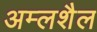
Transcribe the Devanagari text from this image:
अम्लशैल